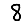
Digit: 8